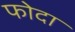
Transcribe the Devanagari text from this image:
फोदा